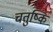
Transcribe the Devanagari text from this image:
चतुष्कि